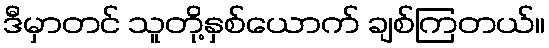
ဒီမှာတင် သူတို့နှစ်ယောက် ချစ်ကြတယ်။